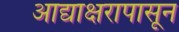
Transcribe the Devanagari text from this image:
आद्याक्षरापासून